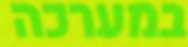
במערכה